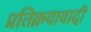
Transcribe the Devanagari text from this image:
प्रतिक्रयावादी